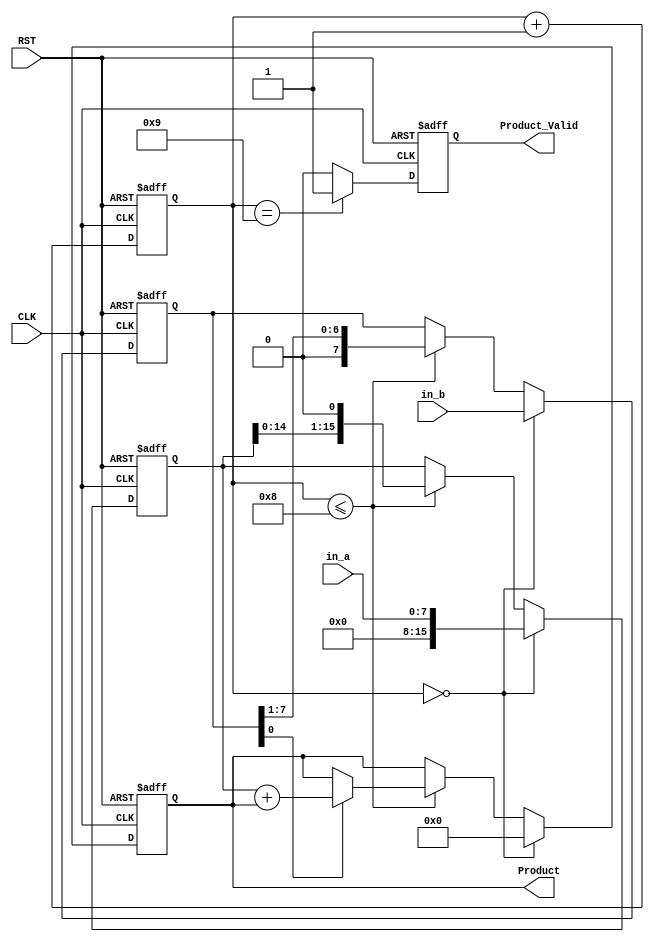
`timescale 1ns/1ps
module lab(CLK, RST, in_a, in_b, Product, Product_Valid);
					// in_a * in_b = Product
					// in_a is Multiplicand , in_b is Multiplier
input 			CLK, RST;
input 	[7:0]	in_a;	// Multiplicand
input 	[7:0]	in_b;	// Multiplier
output 	[15:0]  Product;
output  		Product_Valid;

reg 	[15:0]	Mplicand;
reg 	[7:0]	Mplier;
reg 	[15:0]	Product;
reg 			Product_Valid;
reg 	[5:0]	Counter ;


//Counter
always @(posedge CLK or posedge RST)
begin
	if(RST)
		Counter <=6'b0;
	else
		Counter <= Counter + 6'b1;

end

//Product
always @(posedge CLK or posedge RST)
begin
	if(RST) begin
		Product  <= 16'b0;
		Mplicand <= 16'b0;
		Mplier   <= 8'b0;
	end 
	else if(Counter == 6'd0) begin
		Product	 	<= 16'b0;
		Mplicand <= {8'b0,in_a};
		Mplier	 <= in_b;
		
	end 
	else if(Counter <=6'd8) 
	begin
	/* write down your design below */
		if(Mplier[0] == 1'b1)	//if Mplier[0] == 1
			Product <= Mplicand+Product;	//Product += Mplicand
		Mplicand <= Mplicand<<1;	//Mplicand left shift
		Mplier <= Mplier>>1;	//Mplier right shift
	/* write down your design upon */
	end 
	else begin
		Product 	<= Product;
		Mplicand	<= Mplicand;
		Mplier 		<= Mplier;
	end
end

//Product_Valid
always @(posedge CLK or posedge RST)
begin
	if(RST)
		Product_Valid <=1'b0;
	else if(Counter==6'd9)
		Product_Valid <=1'b1;
	else
		Product_Valid <=1'b0;
end

endmodule